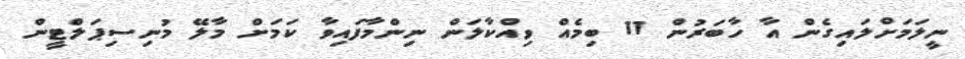
ނީލަމަށްލައިގެން އާ ހާބަރުން 11 ބިމެއް ވިއްކާލަން ނިންމާފައިވާ ކަމަށް މާލޭ މުނިސިޕަލްޓީން